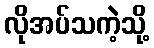
လိုအပ်သကဲ့သို့